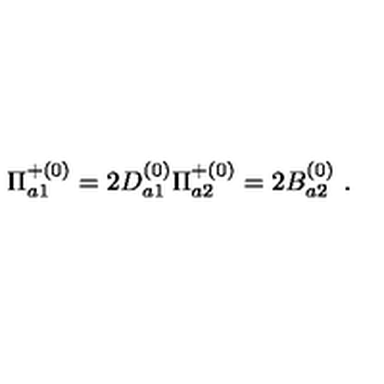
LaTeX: { \Pi } _ { a 1 } ^ { + ( 0 ) } = 2 D _ { a 1 } ^ { ( 0 ) } { \Pi } _ { a 2 } ^ { + ( 0 ) } = 2 B _ { a 2 } ^ { ( 0 ) } \ .